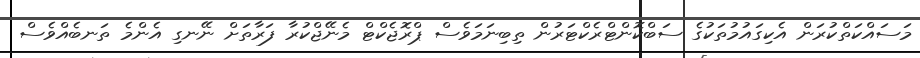
މަސައްކަތްކުރަން އެކިގައުމުތަކުގެ ސަބްކޮންޓްރެކްޓަރުން ތިބިނަމަވެސް ޕްރޮޖެކްޓް މެނޭޖްކުރާ ފަރާތަށް ނޭނގި އެންމެ ތަނބެއްވެސް